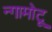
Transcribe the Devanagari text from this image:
न्गामोटू